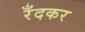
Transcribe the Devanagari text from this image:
रँदकर